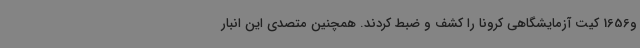
و1656 کیت آزمایشگاهی کرونا را کشف و ضبط کردند. همچنین متصدی این انبار